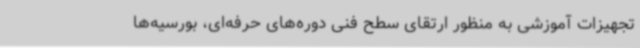
تجهیزات آموزشی به منظور ارتقای سطح فنی دوره‌های حرفه‌ای، بورسیه‌ها